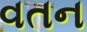
વતન